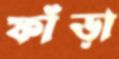
ফাঁড়া